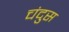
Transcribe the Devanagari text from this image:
चंदुस